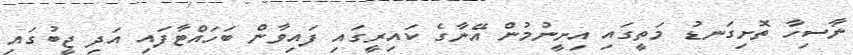
ނާސިހާ ތޮށިގަނޑު މަތީގައި އިށީނުމުން އޭނާގެ ކައިރީގައި ފައިވާން ބަހައްޓާފައި އަދި ޖީބުގައި